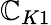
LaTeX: \mathbb{C}_{K1}